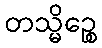
တသ္မိဉ္စေ